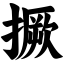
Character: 撅